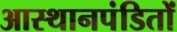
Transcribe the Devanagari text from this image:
आस्थानपंडितों